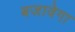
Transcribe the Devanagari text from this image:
बजावेगा